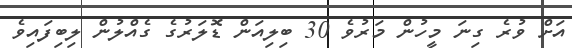
އަށް ވުރެ ގިނަ މީހުން މަރުވެ 30 ބިލިއަން ޑޮލަރުގެ ގެއްލުން ލިބިފައިވެ